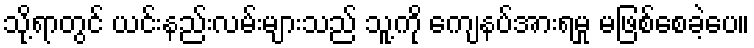
သို့ရာတွင် ယင်းနည်းလမ်းများသည် သူ့ကို ကျေနပ်အားရမှု မဖြစ်စေခဲ့ပေ။